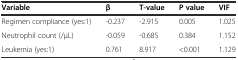
| Variable | β | T-value | P value | VIF |
 | --- | --- | --- | --- | --- |
 | Regimen compliance (yes:1) | -0.237 | -2.915 | 0.005 | 1.025 |
 | Neutrophil count (/μL) | -0.059 | -0.685 | 0.384 | 1.152 |
 | Leukemia (yes:1) | 0.761 | 8.917 | <0.001 | 1.129 |